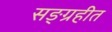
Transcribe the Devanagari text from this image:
सङ्ग्रहीत